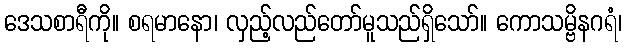
ဒေသစာရီကို။ စရမာနော၊ လှည့်လည်တော်မူသည်ရှိသော်။ ကောသမ္ဗိနဂရံ၊